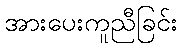
အားပေးကူညီခြင်း